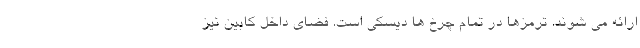
ارائه می شوند. ترمزها در تمام چرخ ها دیسکی است. فضای داخل کابین نیز